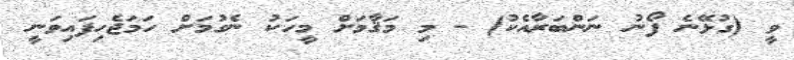
ވީ (ގުޅޭނެ ފޯނު ނަންބަރާއެކު) - މި މަޤާމަށް މީހަކު ނެގުމަށް ހަމަޖެހިފައިވަނީ